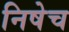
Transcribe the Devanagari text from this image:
निषेच